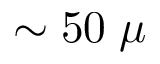
\sim 5 0 \; \mu